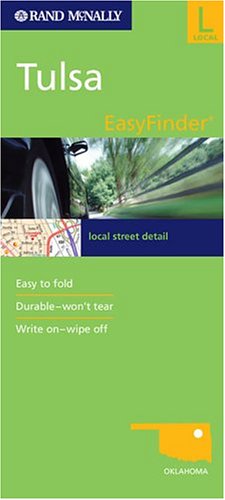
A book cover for Rand McNally Easyfinder Tulsa, Oklahoma; Rand McNally; Travel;